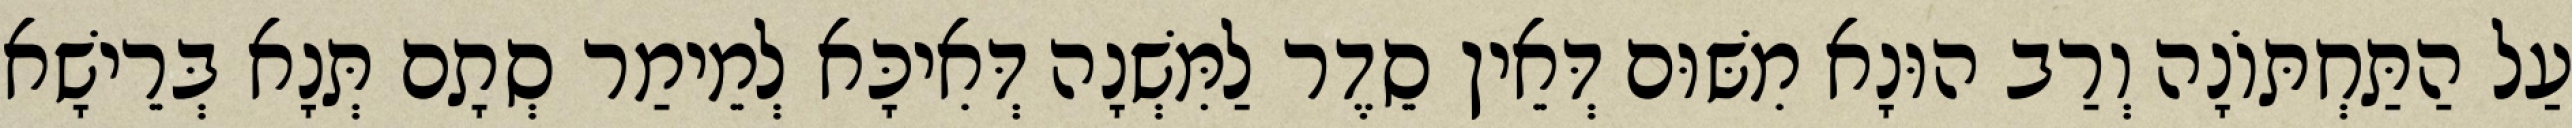
עַל הַתַּחְתּוֹנָה וְרַב הוּנָא מִשּׁוּם דְּאֵין סֵדֶר לַמִּשְׁנָה דְּאִיכָּא לְמֵימַר סְתָם תְּנָא בְּרֵישָׁא